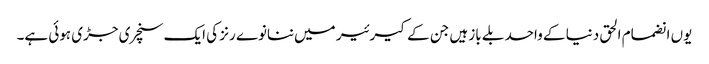
یوں انضمام الحق دنیا کے واحد بلے باز ہیں جن کے کیرئیر میں ننانوے رنز کی ایک سنچری جڑی ہوئی ہے۔